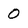
Character: 0